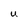
Character: U